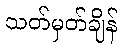
သတ်မှတ်ချိန်